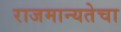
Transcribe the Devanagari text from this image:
राजमान्यतेचा